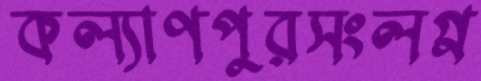
কল্যাণপুরসংলগ্ন